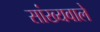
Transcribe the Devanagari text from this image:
सांख्यवाले